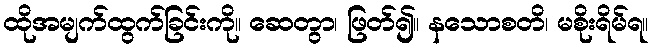
ထိုအမျက်ထွက်ခြင်းကို။ ဆေတွာ၊ ဖြတ်၍။ နသောစတိ၊ မစိုးရိမ်ရ။